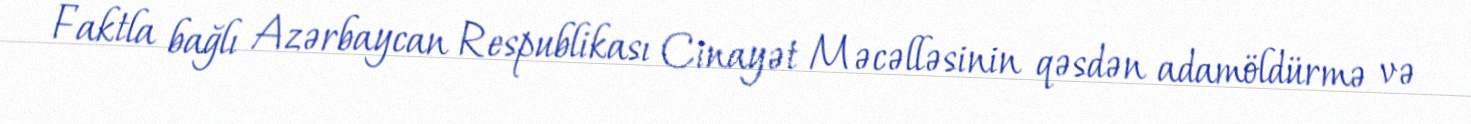
Faktla bağlı Azərbaycan Respublikası Cinayət Məcəlləsinin qəsdən adamöldürmə və